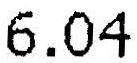
6.04